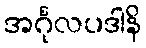
အင်္ဂုလပဒါနိ